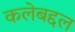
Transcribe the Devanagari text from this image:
कलेबद्दल